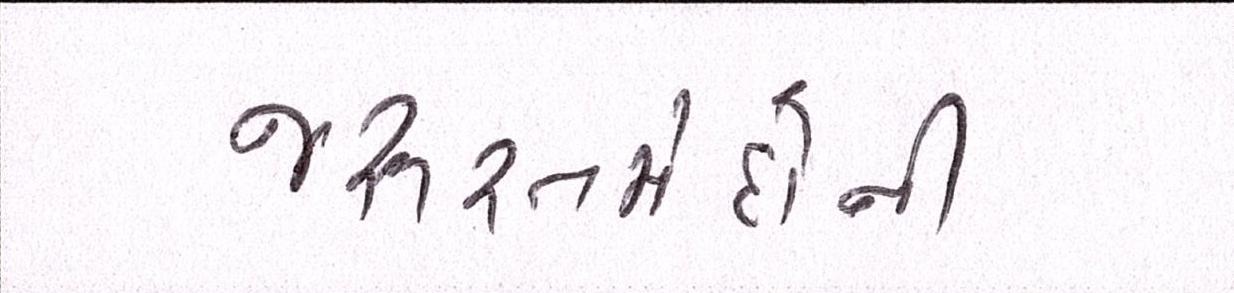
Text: જરૂરતમંદોની